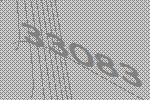
33083